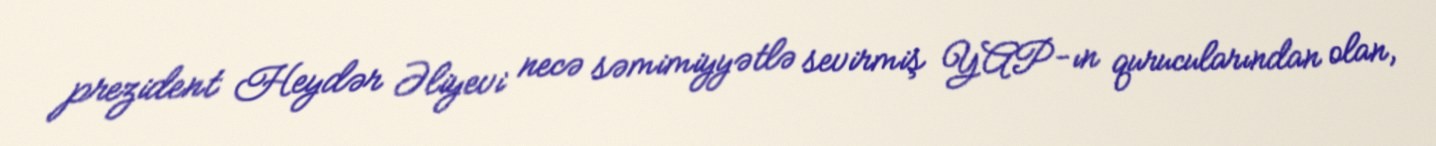
prezident Heydər Əliyevi necə səmimiyyətlə sevirmiş YAP-ın qurucularından olan,